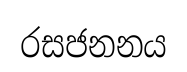
රසජනනය